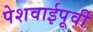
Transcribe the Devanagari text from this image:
पेशवाईपूर्वी